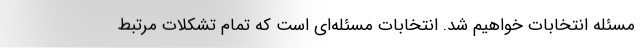
مسئله انتخابات خواهیم شد. انتخابات مسئله‌ای است که تمام تشکلات مرتبط